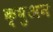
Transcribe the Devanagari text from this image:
क्षुअन